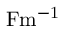
\mathrm { F m ^ { - 1 } }